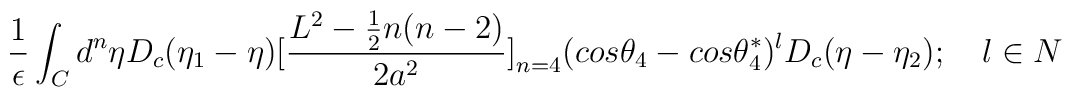
\frac{1}{\epsilon}\int_Cd^n\eta D_c(\eta_1 - \eta)\big{[}\frac{L^2 - \frac{1}{2}n(n-2)}{2a^2}\big{]}_{n=4}(cos{\theta_4} - cos{\theta_4^*})^lD_c(\eta - \eta_2);~~~l \in N